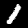
Label: 1